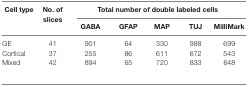
<table><thead><tr><td><b>Cell type</b></td><td><b>No. of slices</b></td><td colspan="5"><b>Total number of double labeled cells</b></td></tr><tr><td></td><td></td><td><b>GABA</b></td><td><b>GFAP</b></td><td><b>MAP</b></td><td><b>TUJ</b></td><td><b>MilliMark</b></td></tr></thead><tbody><tr><td>GE</td><td>41</td><td>901</td><td>64</td><td>330</td><td>988</td><td>699</td></tr><tr><td>Cortical</td><td>37</td><td>255</td><td>86</td><td>611</td><td>672</td><td>543</td></tr><tr><td>Mixed</td><td>42</td><td>894</td><td>65</td><td>720</td><td>833</td><td>648</td></tr></tbody></table>